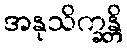
အနုသိက္ခန္တိ